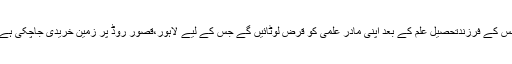
جس کے فرزندتحصیل علم کے بعد اپنی مادر علمی کو قرض لوٹائیں گے جس کے لیے لاہور،قصور روڈ پر زمین خریدی جاچکی ہے ۔